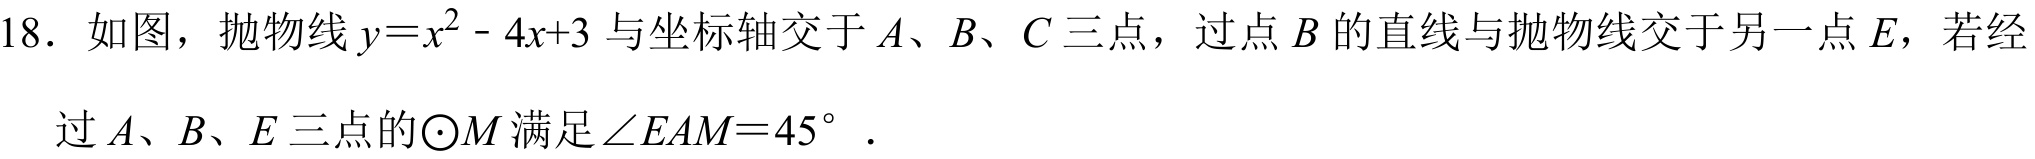
18. 如图，抛物线\(y = x^{2}-4x + 3\)与坐标轴交于\(A、B、C\)三点，过点\(B\)的直线与抛物线交于另一点\(E\)，若经过\(A、B、E\)三点的\(\odot M\)满足\(\angle EAM = 45^{\circ}\).